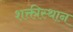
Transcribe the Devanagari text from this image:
शक्तीस्थान